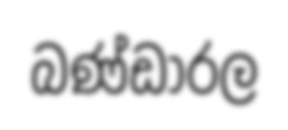
බණ්ඩාරල